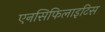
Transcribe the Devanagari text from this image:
एनसिफिलाइटिस